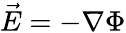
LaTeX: \vec{E}=-\nabla\Phi